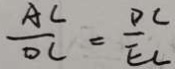
\frac { A C } { O C } = \frac { D C } { E C }